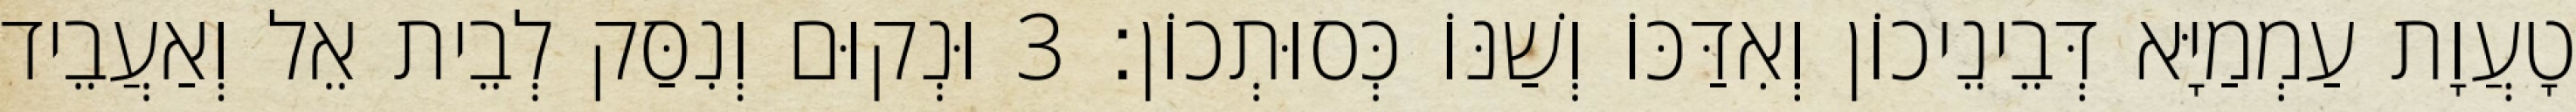
טָעֲוָת עַמְמַיָּא דְּבֵינֵיכוֹן וְאִדַּכּוֹ וְשַׁנּוֹ כְּסוּתְכוֹן׃ 3 וּנְקוּם וְנִסַּק לְבֵית אֵל וְאַעֲבֵיד